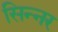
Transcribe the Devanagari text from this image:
सिन्‍नर